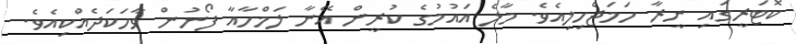
ކޮޓަރީގައި ނީރާ ހަމަޖެހިލިއެވެ. މާލެ އައުމުގެ ކުރީން އޭނާ ލަމްހާއާ ފޯނުން ވާހަކަދެއްކިއެވެ.